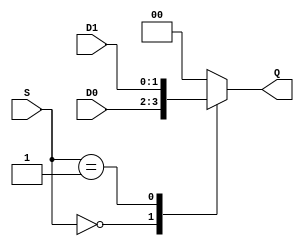
// This program was cloned from: https://github.com/steveicarus/ivtest
// License: GNU General Public License v2.0


module test_mux
   (input wire [1:0] D0, D1,
    input wire [1:0] S,
    output reg [1:0] Q);

   always @(*) begin
      case (S)
	2'b00: Q = D0;
	2'b01: Q = D1;
	default: Q = 0;
      endcase // case (S)
   end

endmodule // test_mux